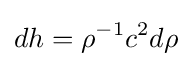
dh=\rho ^{-1}c^{2}d\rho